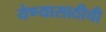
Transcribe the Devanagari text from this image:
येण्यासाठीची